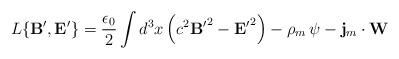
LaTeX: \begin{align*}L \{ {{\bf B}^{\prime}}, {{\bf E}^{\prime}} \} = \frac{\epsilon_{0}}{2} \int d^{3}x \left( c^{2} {{\bf B}^{\prime}}^{2} - {{\bf E}^{\prime}}^{2} \right) - \rho_{m} \, \psi - {\bf j}_{m} \cdot {\bf W}\end{align*}